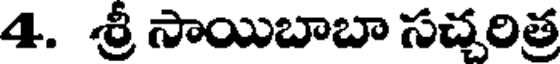
4. శ్రీ సాయిబాబా సచ్చరిత్ర